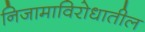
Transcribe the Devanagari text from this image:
निजामाविरोधातील